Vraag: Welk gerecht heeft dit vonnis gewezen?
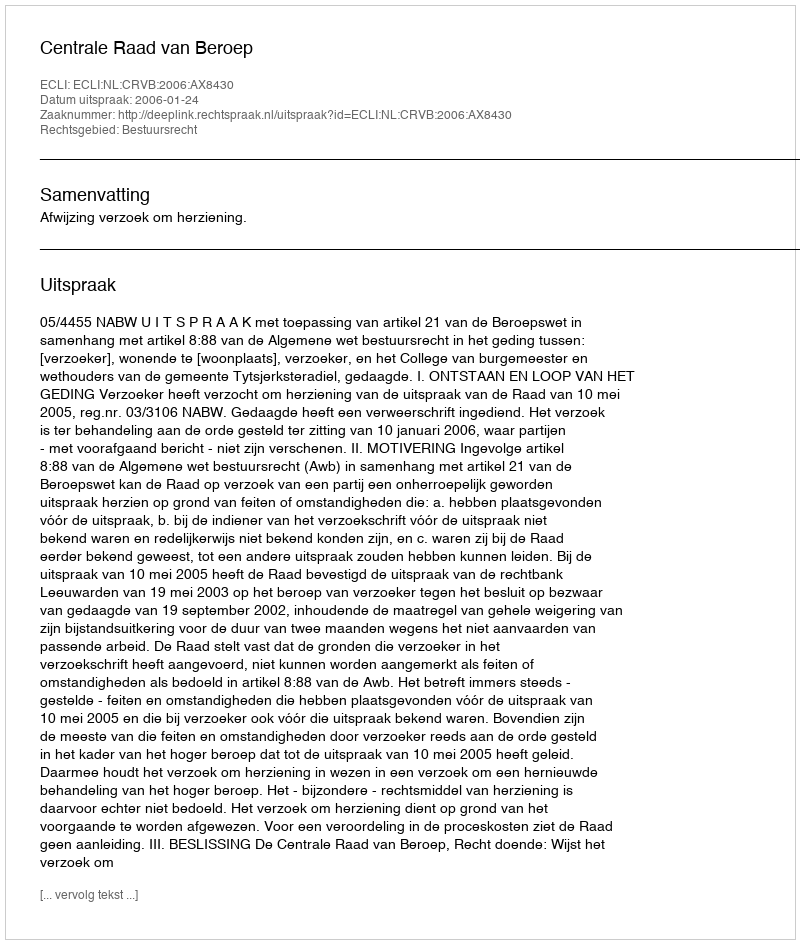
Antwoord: Centrale Raad van Beroep